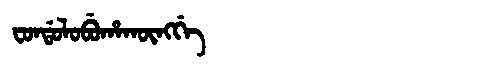
Manchu: ᠸᠣᠨᡩᠣᠯᠣᠪᡠᡥᠠᡴᡡᠩᡤᡝ
Romanization: FONDOLOBUHAKŪNGGE